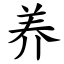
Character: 养